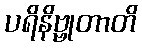
ပရိနိဗ္ဗုတာတိ